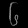
Digit: ၆